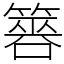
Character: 簭